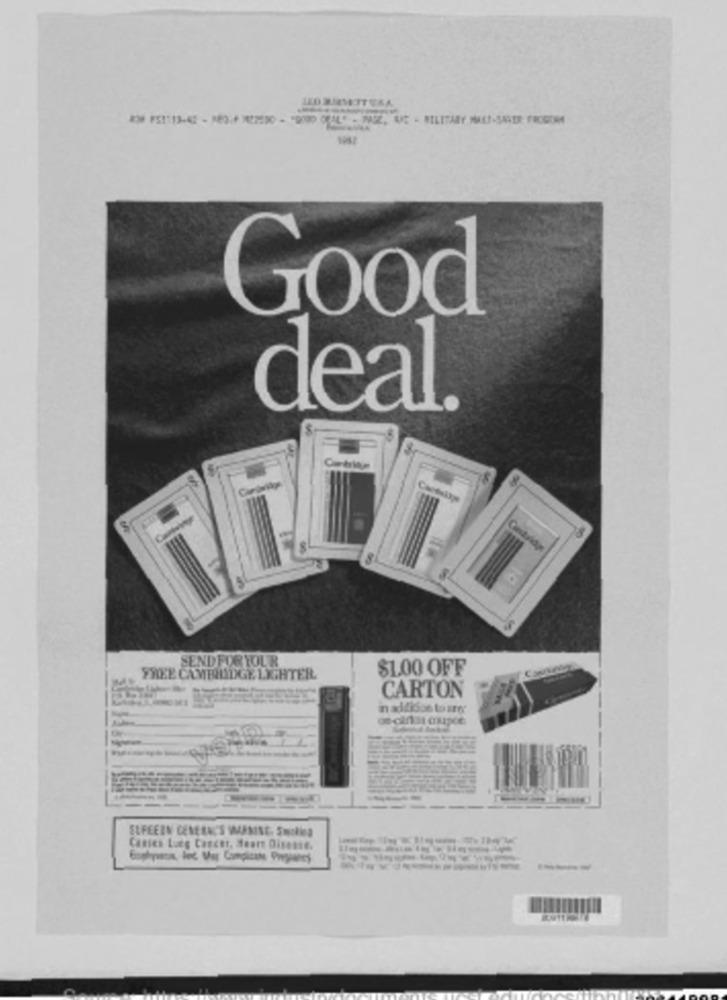
Good
deal.
SEND FOR YOUR
$1.00 OFF
FREE CAMBRIDGE LIGHTER.
CARTON
-
--
---
ELFEEEN CENERNC'S WAMISE, Smoking
Cantes Lueg Canctt, Muore Disesse.